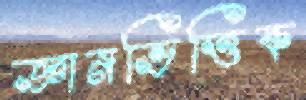
জ্ঞানভিত্তিক